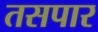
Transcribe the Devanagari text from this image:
तसपार